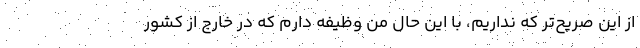
از این صریح‌تر که نداریم، با این حال من وظیفه دارم که در خارج از کشور